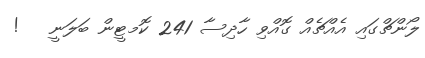
ލޯންޗްގަައި އެއްޗެއް ގޮއްވި ހާދިސާ 241 ކޮމޓީން ބަލަނީ   !